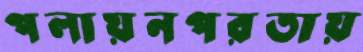
পলায়নপরতায়